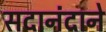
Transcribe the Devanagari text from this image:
सदानंदाने